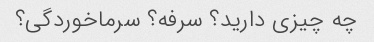
چه چیزی دارید؟ سرفه؟ سرماخوردگی؟